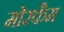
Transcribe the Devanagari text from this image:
मोरकैम